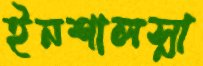
ইনশালস্না